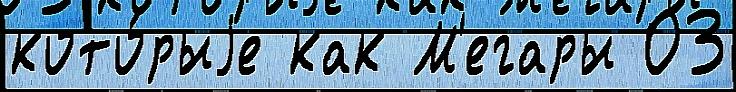
кото́рыjе как М'егары 03